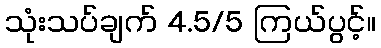
သုံးသပ်ချက် 4.5/5 ကြယ်ပွင့်။